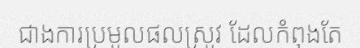
ជាងការប្រមូលផលស្រូវ ដែលកំពុងតែ